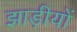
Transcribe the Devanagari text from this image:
झाड़ीयों